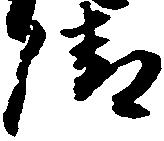
清